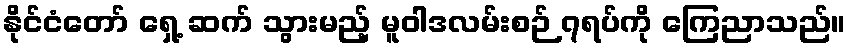
နိုင်ငံတော် ရှေ့ ဆက် သွားမည့် မူဝါဒလမ်းစဉ် ၇ရပ်ကို ကြေညာသည်။